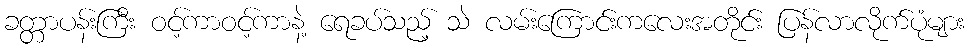
ခတ္တာပန်းကြီး ဝင့်ကာဝင့်ကာနဲ့ ရေခပ်သည့် သဲ လမ်းကြောင်းကလေးအတိုင်း ပြန်လာလိုက်ပုံများ